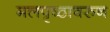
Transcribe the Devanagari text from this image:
मलपृष्ठावरुन